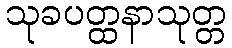
သုခပတ္ထနာသုတ္တ